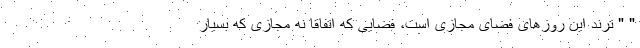
" " ترند این روزهای فضای مجازی است، فضایی که اتفاقاً نه مجازی که بسیار